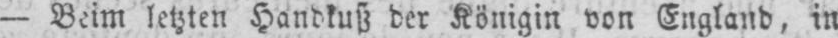
- Beim letzten Handkuß der Königin von England, in